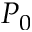
P _ { 0 }